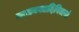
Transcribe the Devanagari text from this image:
मन्त्रयन्त्रादिविद्यानां